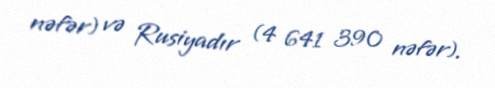
nəfər) və Rusiyadır (4 641 390 nəfər).